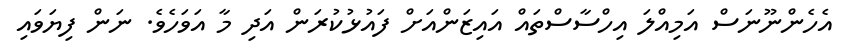
އެހެންނޫނަސް އަމިއްލަ އިހްސާސްތައް އައިޒަންއަށް ފައުޅުކުރަން އަދި މާ އަވަހެވެ. ނަން ފިޔަވައި